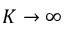
K \rightarrow \infty